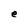
Character: e